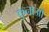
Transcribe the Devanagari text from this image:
कुनाओ